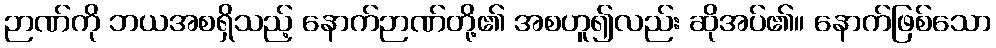
ဉာဏ်ကို ဘယအစရှိသည့် နောက်ဉာဏ်တို့၏ အစဟူ၍လည်း ဆိုအပ်၏။ နောက်ဖြစ်သော